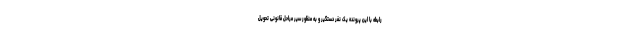
رابطه با این پرونده یک نفر دستگیر و به منظور سیر مراحل قانونی تحویل